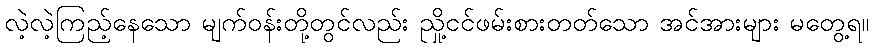
လဲ့လဲ့ကြည့်နေသော မျက်ဝန်းတို့တွင်လည်း ညှို့ငင်ဖမ်းစားတတ်သော အင်အားများ မတွေ့ရ။